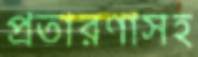
প্রতারণাসহ